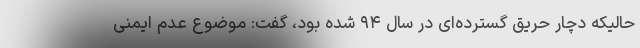
حالیکه دچار حریق گسترده‌ای در سال ۹۴ شده بود، گفت: موضوع عدم ایمنی